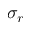
\sigma _ { r }